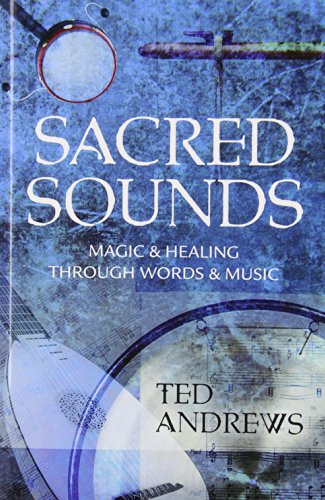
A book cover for Sacred Sounds: Magic & Healing Through Words & Music; Ted Andrews; Reference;